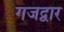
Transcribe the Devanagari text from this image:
गजद्वार